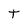
Character: T